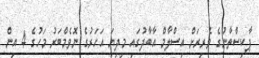
ޕާކިސްތާނުގެ ވެރިރަށް އިސްލާމް އާބާދުގައި މިދިޔަ އަހަރުގެ ނޮވެމްބަރު މަހުގެ 4 އިން